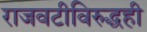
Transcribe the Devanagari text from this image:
राजवटीविरुद्धही